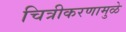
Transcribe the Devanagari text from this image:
चित्रीकरणामुळे